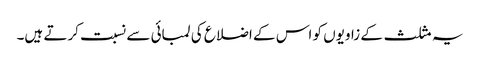
یہ مثلث کے زاویوں کو اس کے اضلاع کی لمبائی سے نسبت کرتے ہیں۔